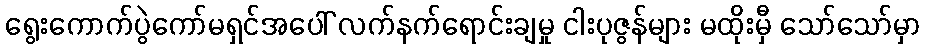
ရွေးကောက်ပွဲကော်မရှင်အပေါ် လက်နက်ရောင်းချမှု ငါးပုဇွန်များ မထိုးမှီ သော်သော်မှာ